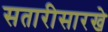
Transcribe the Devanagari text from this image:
सतारीसारखे